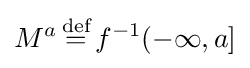
M^{a}\,{\stackrel {\text{def}}{=}}\,f^{-1}(-\infty ,a]